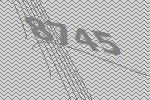
8745